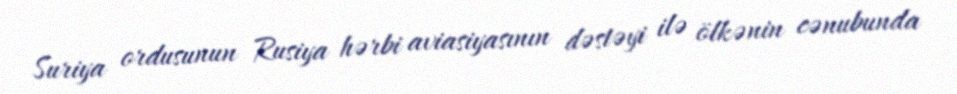
Suriya ordusunun Rusiya hərbi aviasiyasının dəstəyi ilə ölkənin cənubunda